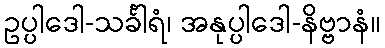
ဥပ္ပါဒေါ-သင်္ခါရံ၊ အနုပ္ပါဒေါ-နိဗ္ဗာနံ။